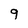
Character: 9